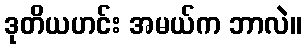
ဒုတိယဟင်း အမယ်က ဘာလဲ။